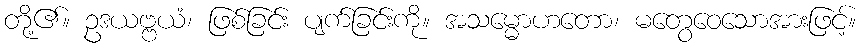
တို့၏။ ဥဒယဗ္ဗယံ၊ ဖြစ်ခြင်း ပျက်ခြင်းကို။ အသမ္မောဟတော၊ မတွေဝေသောအားဖြင့်။